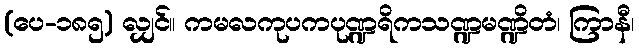
(ပေ-၁၈၅) လျှင်။ ကမလကုပကပုဏ္ဍရိကသဏ္ဍမဏ္ဍိတံ၊ ကြာနီ၊